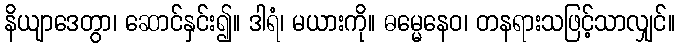
နိယျာဒေတွာ၊ ဆောင်နှင်း၍။ ဒါရံ၊ မယားကို။ ဓမ္မေနေဝ၊ တနရားသဖြင့်သာလျှင်။